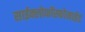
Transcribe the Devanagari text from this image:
साईक्लोफॉस्फोमाईड